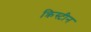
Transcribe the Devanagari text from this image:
क्रिस्‍टीन